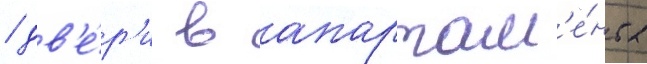
/ дв'е́р'и в апартам'е́нты